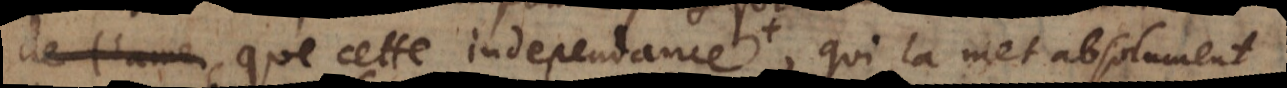
que cette independance , qui la met absolument